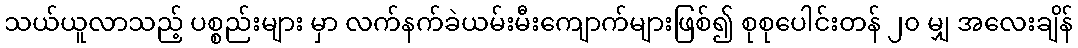
သယ်ယူလာသည့် ပစ္စည်းများ မှာ လက်နက်ခဲယမ်းမီးကျောက်များဖြစ်၍ စုစုပေါင်းတန် ၂၀ မျှ အလေးချိန်